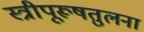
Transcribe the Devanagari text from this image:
स्त्रीपूरूषतुलना